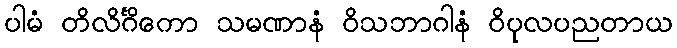
ပါမံ တိလိင်္ဂိကော သမဏာနံ ဝိသဘာဂါနံ ဝိပုလပညတာယ